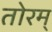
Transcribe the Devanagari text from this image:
तोरम्